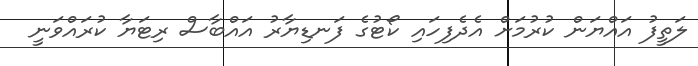
ލަތީފު އައްޔަން ކުރުމަށް އެދެފިހައި ކޯޓުގެ ފަނޑިޔާރު އައްބާސް ރިޓަޔާ ކުރައްވަނީ